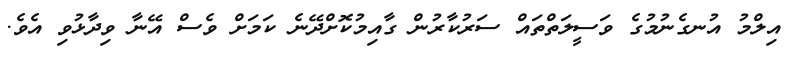
އިލްމު އުނގެނުމުގެ ވަސީލަތްތައް ސަރުކާރުން ގާއިމުކޮށްދޭނެ ކަމަށް ވެސް އޭނާ ވިދާޅުވި އެވެ.